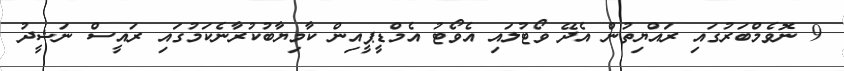
9 ނޮވެމްބަރުގައި ރައްޔިތުން އެދޭ ވޯޓުލައި އެވޯޓު އެމްޑީޕީއިން ކާމިޔާބުކުރާނެކަމުގައި ރައީސް ނަޝީދު